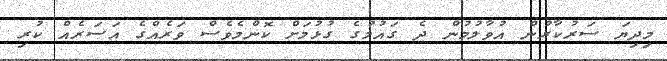
މިދިޔަ ސަރުކާރުން އުވާލުމުން ދެ ގައުމުގެ ގުޅުމަށް ކޮންމެވެސް ވަރެއްގެ އަސަރެއް ކުރި